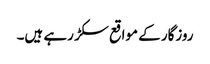
روزگار کے مواقع سکڑ رہے ہیں۔